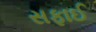
સફાઈ